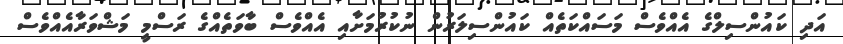
އަދި ކައުންސިލްގެ އެއްވެސް މަސައްކަތެއް ކައުންސިލަރުން ނުކުރުމަށާއި އެއްވެސް ބާވަތެއްގެ ރަސްމީ މަޝްވަރާއެއްވެސް